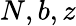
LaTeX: N,b,z